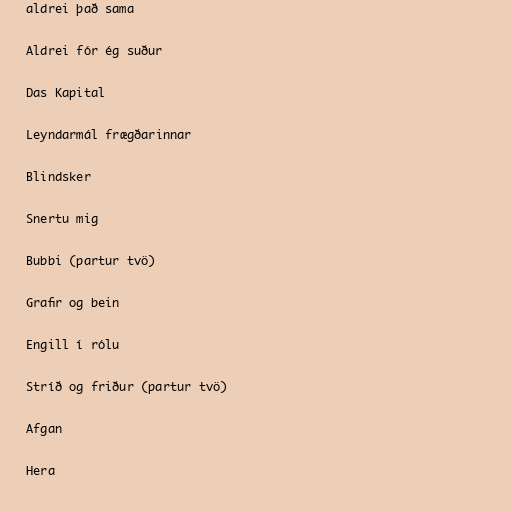
aldrei það sama

Aldrei fór ég suður

Das Kapital

Leyndarmál frægðarinnar

Blindsker

Snertu mig

Bubbi (partur tvö)

Grafir og bein

Engill í rólu

Stríð og friður (partur tvö)

Afgan

Hera